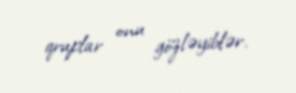
qruplar onu gözləyiblər.